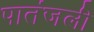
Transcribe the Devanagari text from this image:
पातंजली